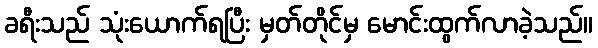
ခရီးသည် သုံးယောက်ရပြီး မှတ်တိုင်မှ မောင်းထွက်လာခဲ့သည်။